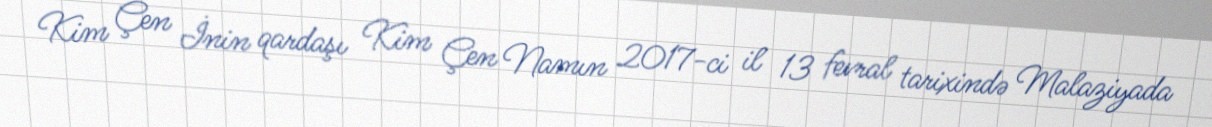
Kim Çen İnin qardaşı Kim Çen Namın 2017-ci il 13 fevral tarixində Malaziyada